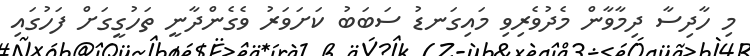
މި ހާދިސާ ދިމާވާން މެދުވެރިވި މައިގަނޑު ސަބަބު ކަށަވަރު ވެގެންދާނީ ތަހުގީގަށް ފަހުގައި